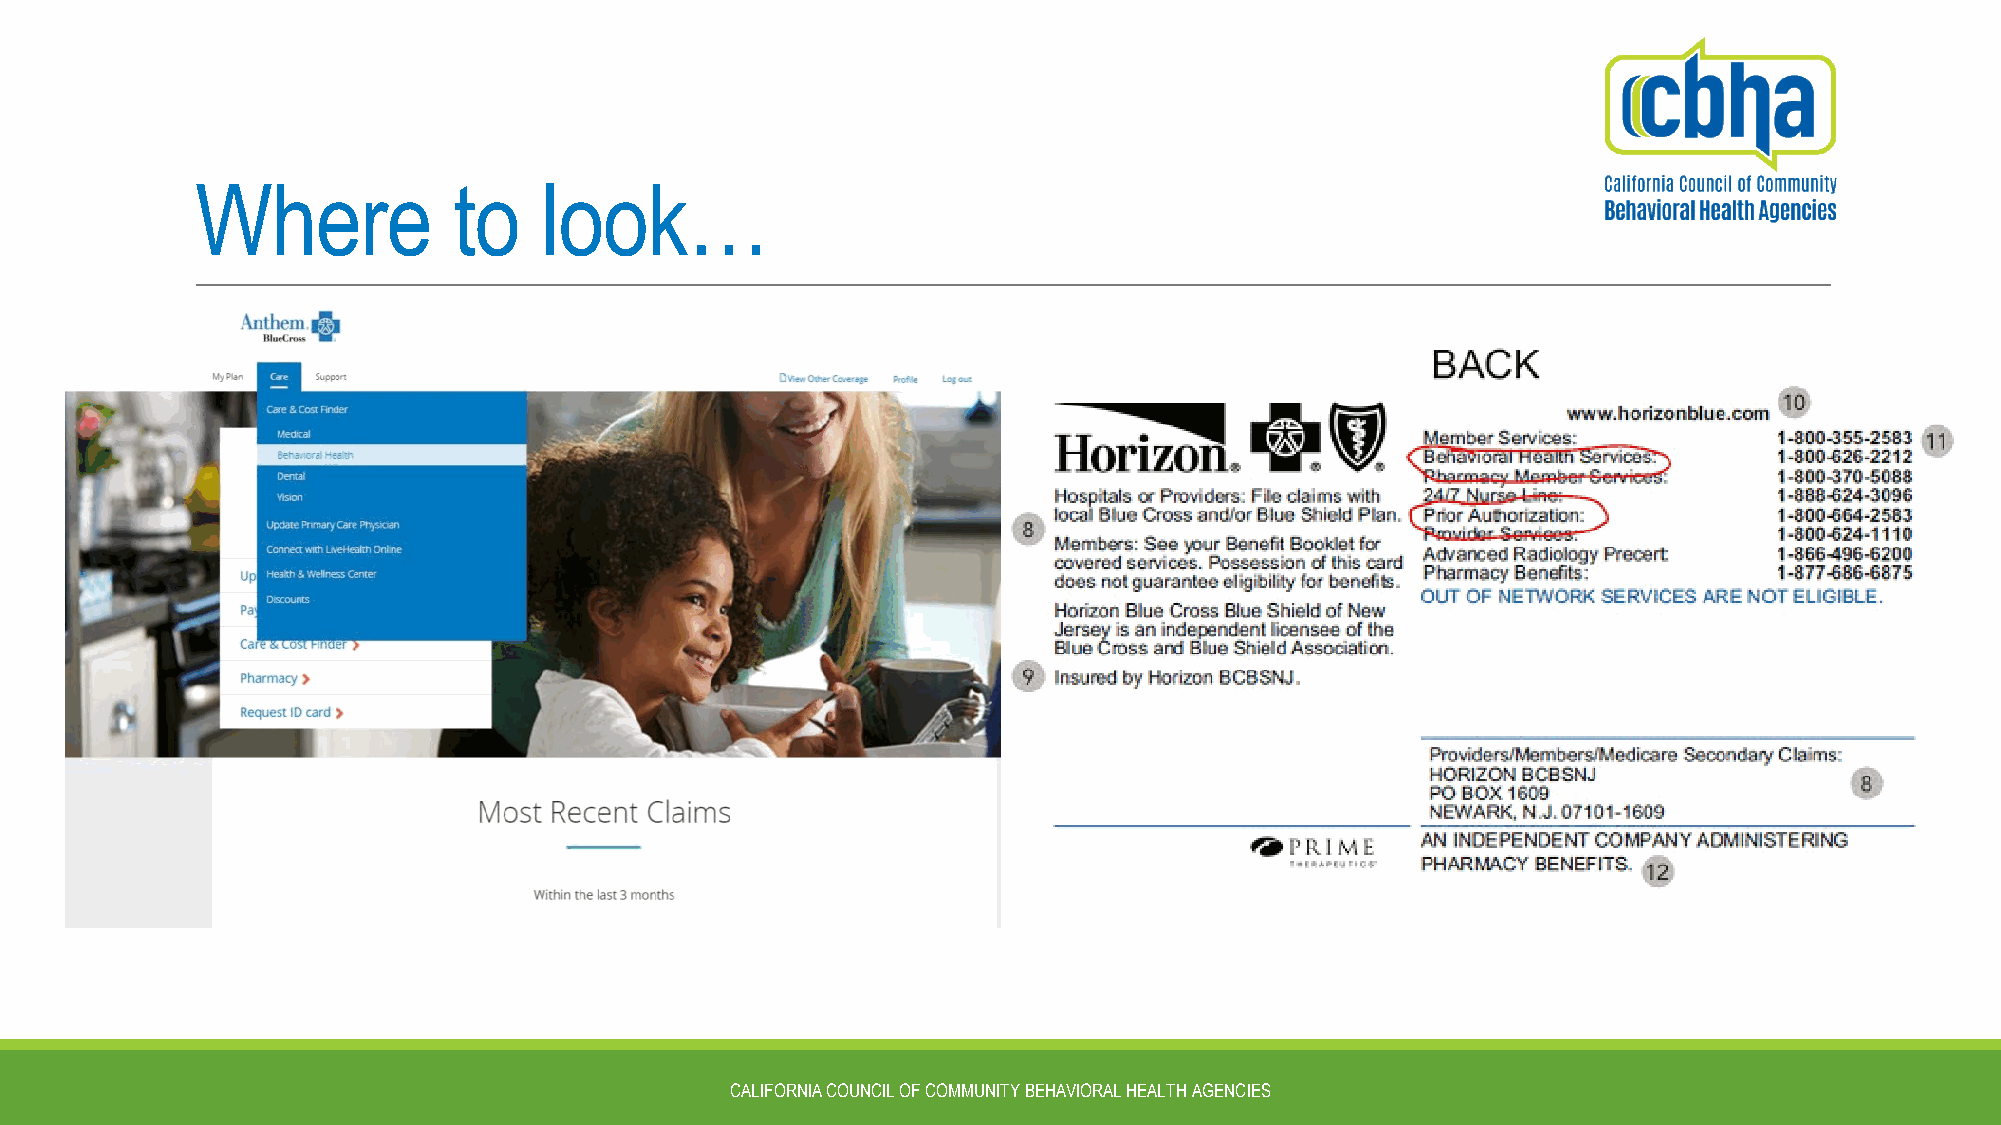
Where            to    look…
 CALIFORNIA COUNCIL OF COMMUNITY BEHAVIORAL HEALTH AGENCIES